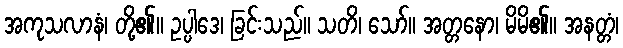
အကုသလာနံ၊ တို့၏။ ဥပ္ပါဒေ၊ ခြင်းသည်။ သတိ၊ သော်။ အတ္တနော၊ မိမိ၏။ အနတ္တံ၊